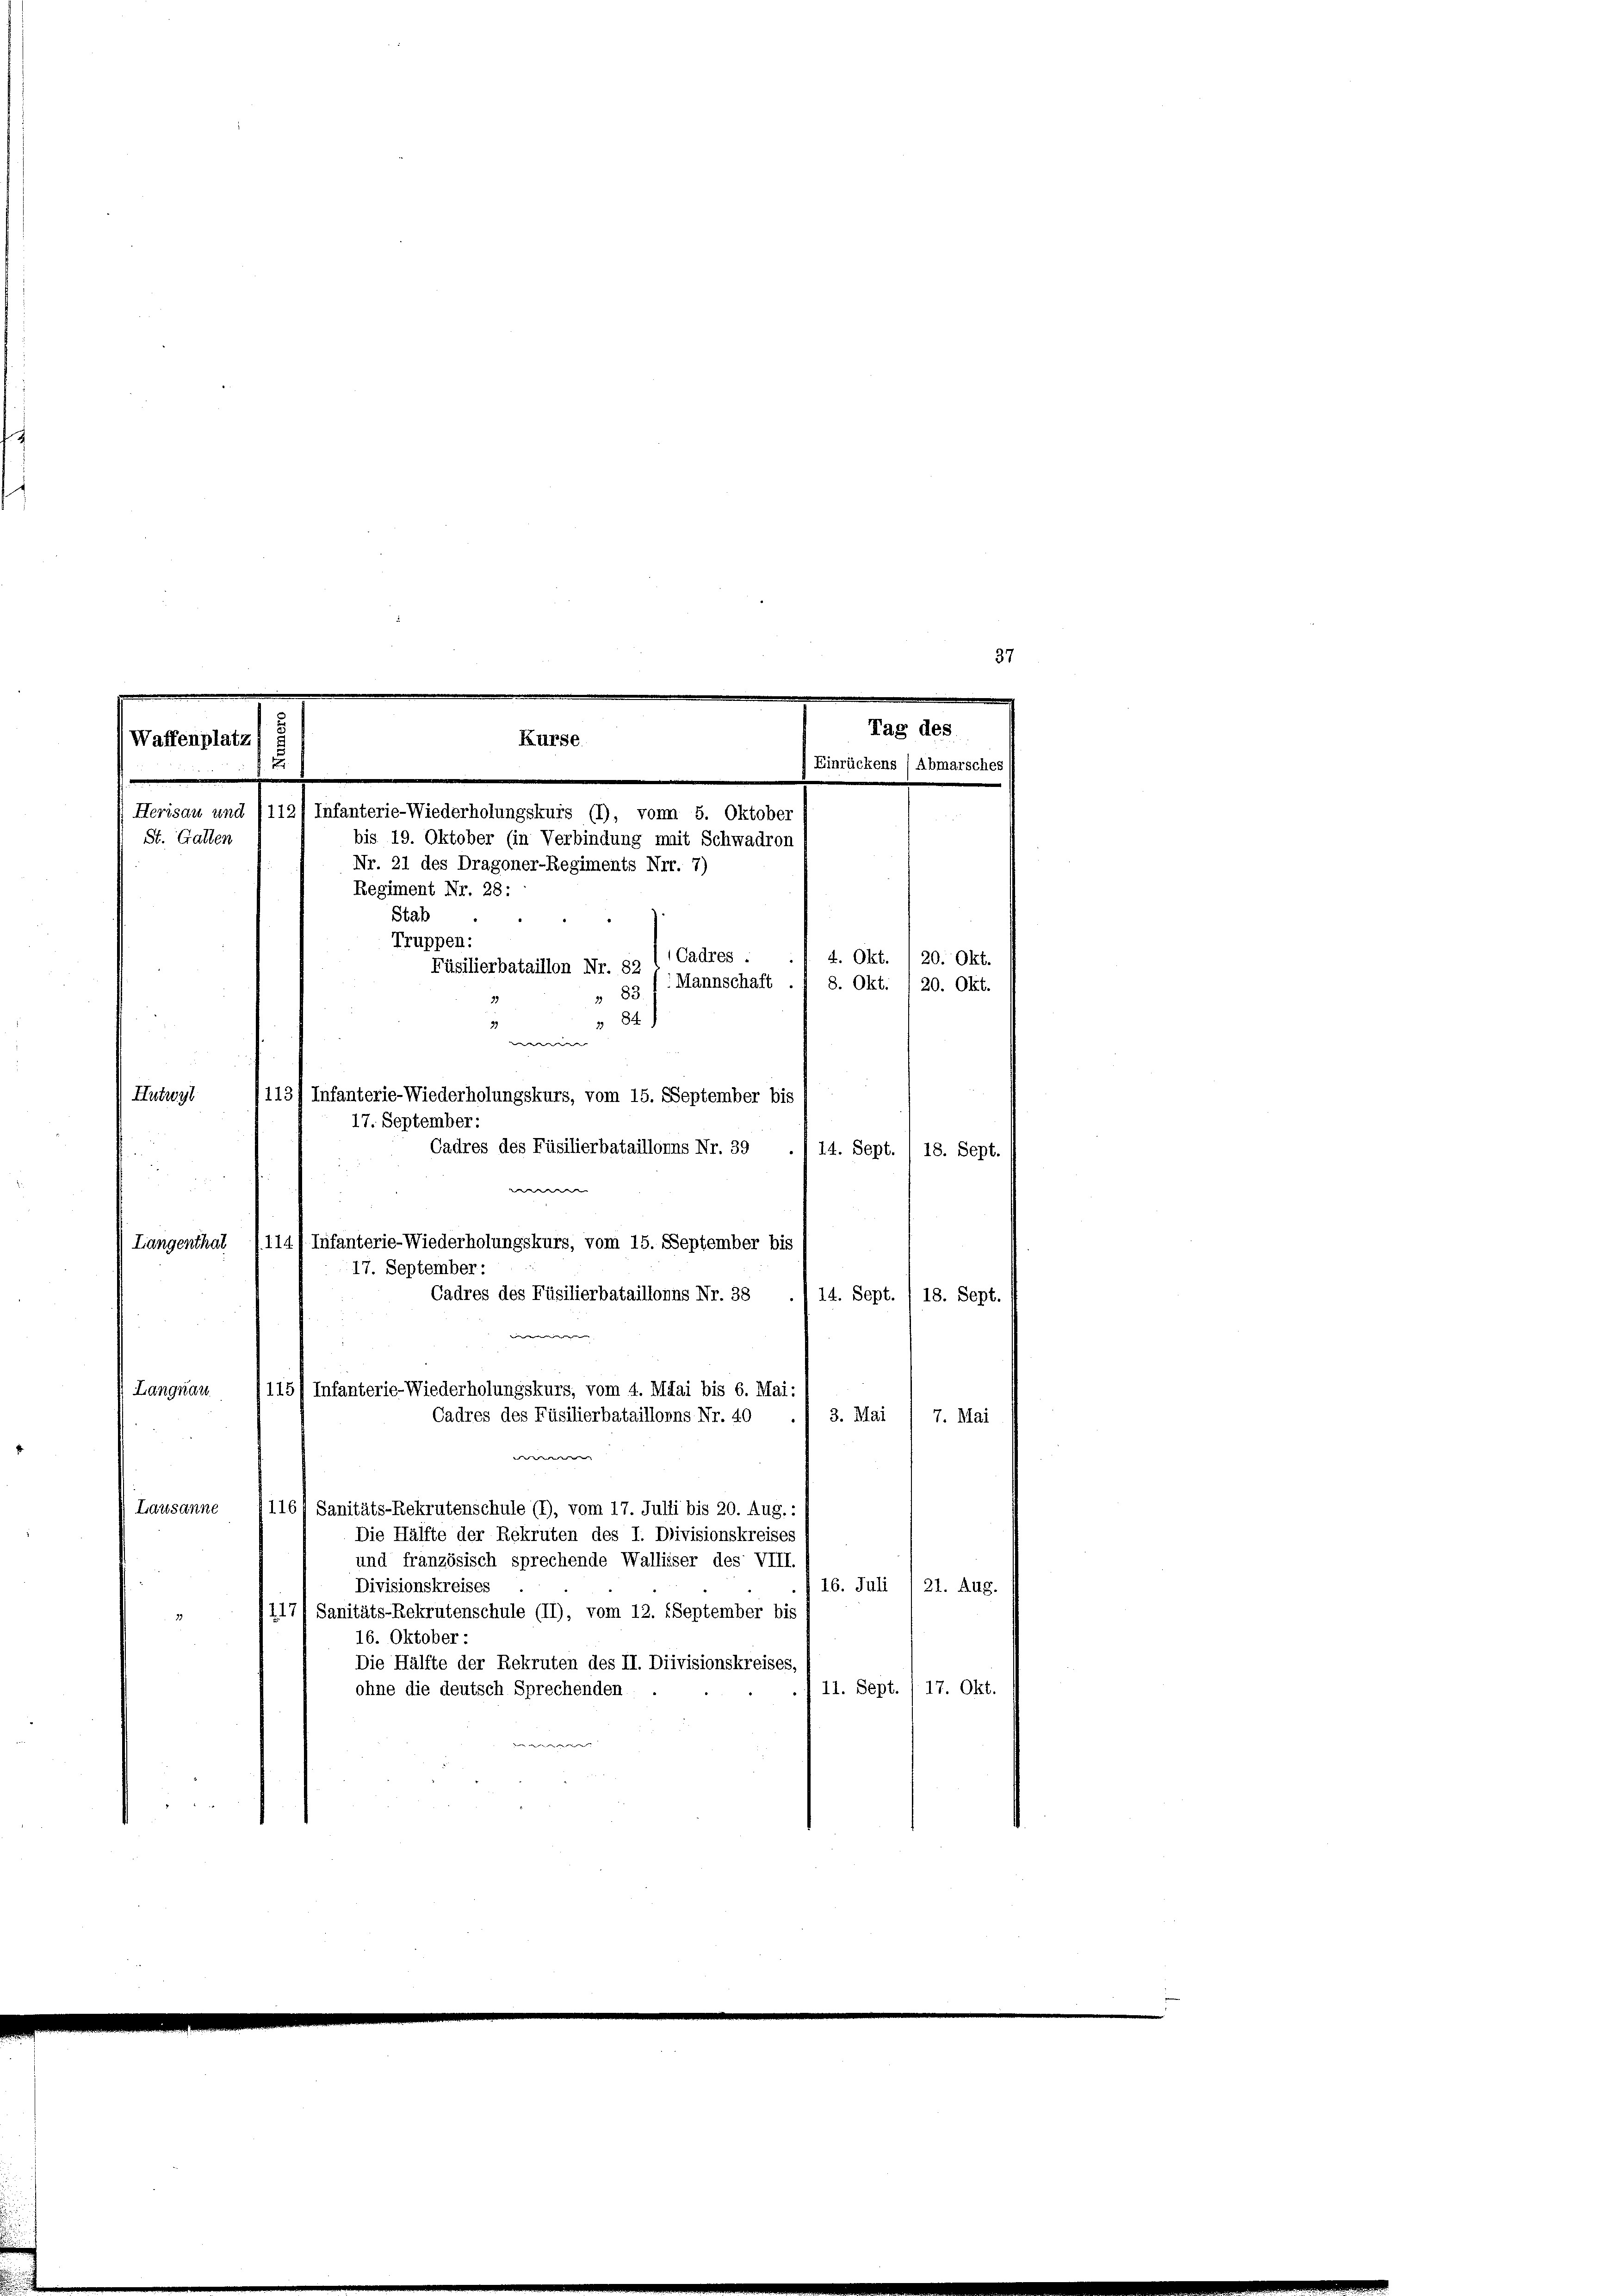
17. September:
Cadres des Füsilierbataillonns Nr. 39
14. Sept. / 18. Sept.
(Langenthal 1114) Infanterie-Wiederholungskurs, vom 15. September bis
Cadres des Füsilierbataillonns Nr. 38
14. Sept. / 18. Sept.

Langnau
115) Infanterie-Wiederholungskurs, vom 4. Mai bis 6. Mai:
Cadres des Füsilierbataillonns Nr. 40
3. Mai 1 7. Mai
Lausanne
1161 Sanitäts-Rekrutenschule (1), vom 17. Julii bis 20. Aug.:
Die Hälfte der Rekruten des I. Divisionskreises
und französisch sprechende Walliser des VIII.
Divisionskreises
16. Juli 121. Aug.
117/ Sanitäts-Rekrutenschule (II), vom 12. September bis

16. Oktober:
Die Hälfte der Rekruten des II. Diivisionskreises,
11. Sept./17. Okt.
ohne die deutsch Sprechenden.

1
.
Tag des
Kurse
Waffenplatz
u
Einrückens / Abmarsches
Herisau und (112) Infanterie-Wiederholungskurs (1), von 5. Oktober
bis 19. Oktober (in Verbindung mit Schwadron
Nr. 21 des Dragoner-Regiments Nrr. 7)
Regiment Nr. 28:
Stab
Truppen:
(Cadres .
4. Okt.
Füsilierbataillon Nr. 82
Mannschaft . 8. Okt. , 20. Okt.
83
84)
me
113/ Infanterie-Wiederholungskurs, vom 15. September bis
Hutwyl

St. Gallen

17. September:

37

20. Okt.